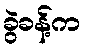
ခွဲခန့်က